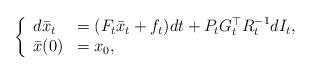
LaTeX: \begin{align*}\left\{\begin{array}[c]{ll}d\bar{x}_{t} & =(F_{t}\bar{x}_{t}+f_{t})dt+P_{t}G_{t}^{\top}R_{t}^{-1}dI_{t},\\\bar{x}(0) & =x_{0},\end{array}\right. \end{align*}